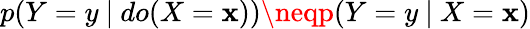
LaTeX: p(Y=y~\vert~do(X=\mathbf{x}))\neqp(Y=y~\vert~X=\mathbf{x})